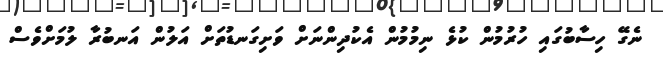
ނެގޭ ހިސާބުގައި ހުރުމުން ކުޅެ ނިމުމުން އެކުދިންނަށް ވަށިގަނޑުތަށް އަލުން އަނބުރާ ލުމަށްވެސް